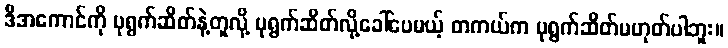
ဒီအကောင်ကို ပုရွက်ဆိတ်နဲ့တူလို့ ပုရွက်ဆိတ်လို့ခေါ်ပေမယ့် တကယ်က ပုရွက်ဆိတ်မဟုတ်ပါဘူး။